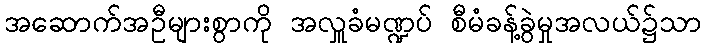
အဆောက်အဦများစွာကို အလှူခံမဏ္ဍပ် စီမံခန့်ခွဲမှုအလယ်၌သာ